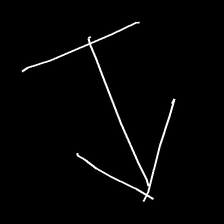
Glyph: levitation